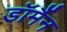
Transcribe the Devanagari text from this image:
डॉर्मैन